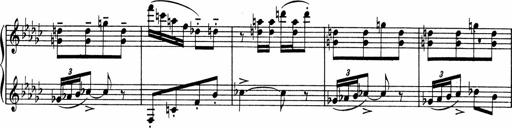
Title: Sonatine pour piano
Composer: Albert Roussel